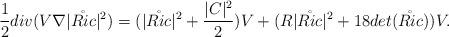
LaTeX: \begin{align*} \frac{1}{2}div(V\nabla|\mathring{Ric}|^2) = (|\mathring{Ric}|^2 + \frac{|C|^2}{2})V + (R |\mathring{Ric}|^2 + 18 det(\mathring{Ric}))V.\end{align*}